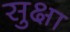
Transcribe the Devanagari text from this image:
सुक्षा